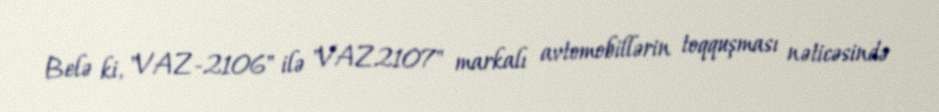
Belə ki, "VAZ-2106" ilə "VAZ2107" markalı avtomobillərin toqquşması nəticəsində